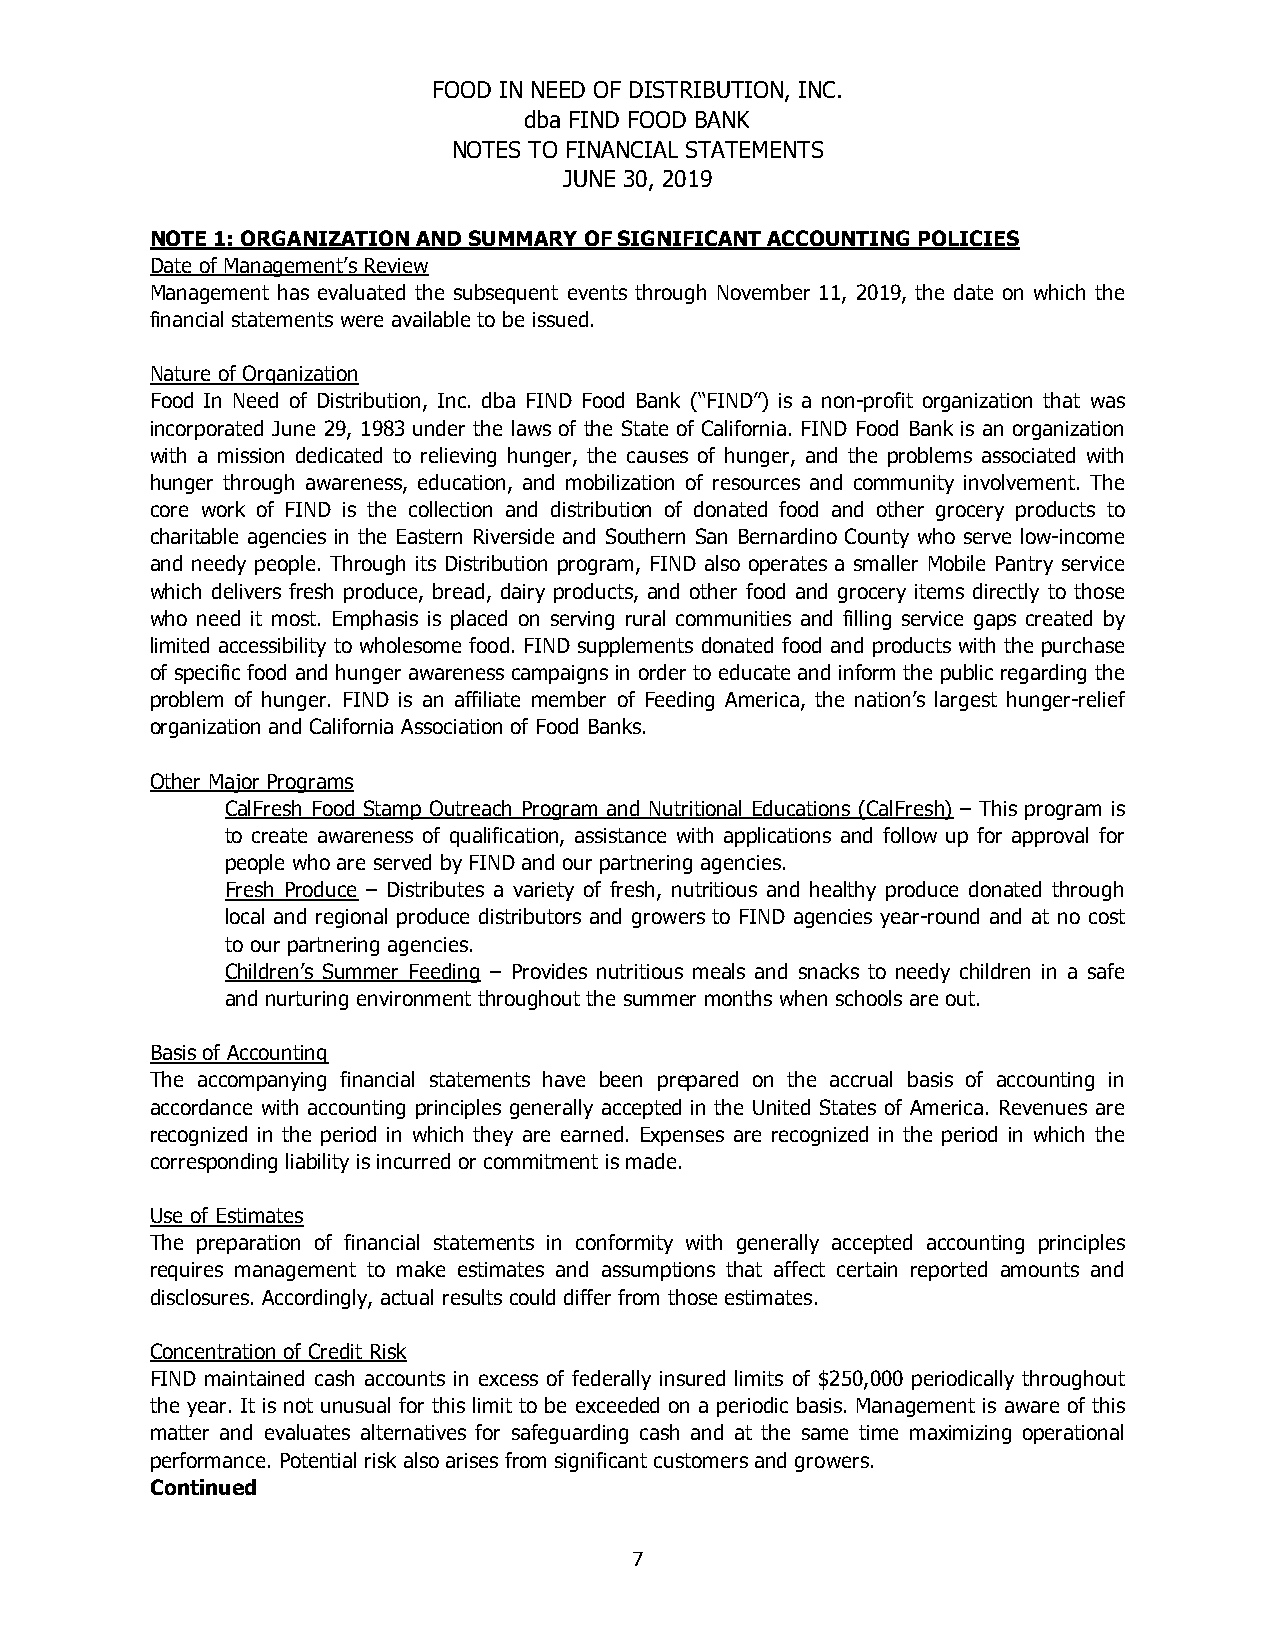
FOOD IN NEED OF DISTRIBUTION, INC.
 dba FIND FOOD BANK
 NOTES TO FINANCIAL STATEMENTS
 JUNE 30, 2019
 NOTE 1: ORGANIZATION AND SUMMARY OF SIGNIFICANT ACCOUNTING POLICIES
 Date of Management’s Review
 Management has evaluated the subsequent events through November 11, 2019, the date on which the
 financial statements were available to be issued.
 Nature of Organization
 Food In Need of Distribution, Inc. dba FIND Food Bank (“FIND”) is a non-profit organization that was
 incorporated June 29, 1983 under the laws of the State of California. FIND Food Bank is an organization
 with a mission dedicated to relieving hunger, the causes of hunger, and the problems associated with
 hunger through awareness, education, and mobilization of resources and community involvement. The
 core work of FIND is the collection and distribution of donated food and other grocery products to
 charitable agencies in the Eastern Riverside and Southern San Bernardino County who serve low-income
 and needy people. Through its Distribution program, FIND also operates a smaller Mobile Pantry service
 which delivers fresh produce, bread, dairy products, and other food and grocery items directly to those
 who need it most. Emphasis is placed on serving rural communities and filling service gaps created by
 limited accessibility to wholesome food. FIND supplements donated food and products with the purchase
 of specific food and hunger awareness campaigns in order to educate and inform the public regarding the
 problem of hunger. FIND is an affiliate member of Feeding America, the nation’s largest hunger-relief
 organization and California Association of Food Banks.
 Other Major Programs
 CalFresh Food Stamp Outreach Program and Nutritional Educations (CalFresh) – This program is
 to create awareness of qualification, assistance with applications and follow up for approval for
 people who are served by FIND and our partnering agencies.
 Fresh Produce – Distributes a variety of fresh, nutritious and healthy produce donated through
 local and regional produce distributors and growers to FIND agencies year-round and at no cost
 to our partnering agencies.
 Children’s Summer Feeding – Provides nutritious meals and snacks to needy children in a safe
 and nurturing environment throughout the summer months when schools are out.
 Basis of Accounting
 The accompanying financial statements have been prepared on the accrual basis of accounting in
 accordance with accounting principles generally accepted in the United States of America. Revenues are
 recognized in the period in which they are earned. Expenses are recognized in the period in which the
 corresponding liability is incurred or commitment is made.
 Use of Estimates
 The preparation of financial statements in conformity with generally accepted accounting principles
 requires management to make estimates and assumptions that affect certain reported amounts and
 disclosures. Accordingly, actual results could differ from those estimates.
 Concentration of Credit Risk
 FIND maintained cash accounts in excess of federally insured limits of $250,000 periodically throughout
 the year. It is not unusual for this limit to be exceeded on a periodic basis. Management is aware of this
 matter and evaluates alternatives for safeguarding cash and at the same time maximizing operational
 performance. Potential risk also arises from significant customers and growers.
 Continued
 7